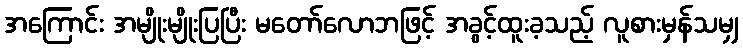
အကြောင်း အမျိုးမျိုးပြပြီး မတော်လောဘဖြင့် အခွင့်ထူးခ့သည့် လူစားမှန်သမျှ